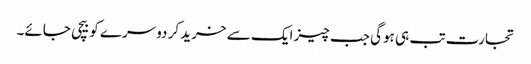
تجارت تب ہی ہوگی جب چیز ایک سے خرید کر دوسرے کو بیچی جائے۔